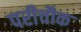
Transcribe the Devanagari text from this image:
परीचौक